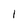
Character: 1